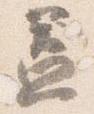
蓋